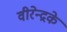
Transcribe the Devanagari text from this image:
वीरेन्द्रके